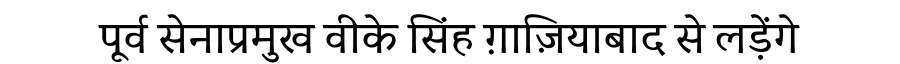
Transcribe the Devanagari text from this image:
पूर्व सेनाप्रमुख वीके सिंह ग़ाज़ियाबाद से लड़ेंगे